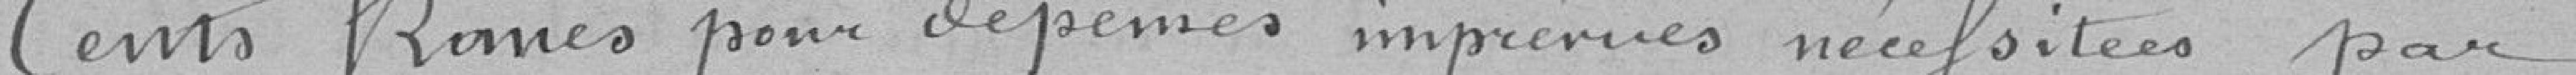
Cents Francs pour dépenses imprévues nécessitées par